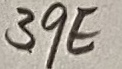
Text: 39E